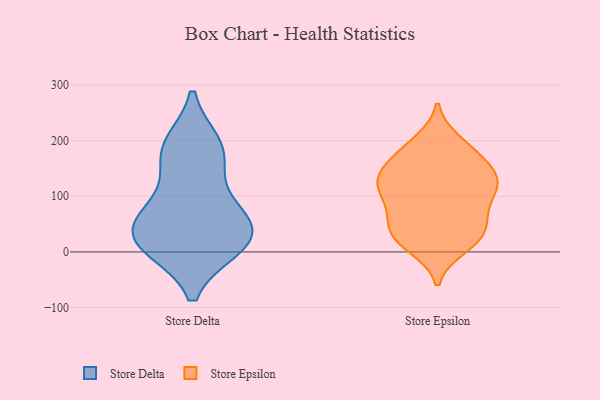
{"axis": {"x": "Shipments", "y": "Value"}, "legend": ["Store Delta", "Store Epsilon"], "data": [{"x": "", "y": 70, "type": "Store Delta"}, {"x": "", "y": 10, "type": "Store Delta"}, {"x": "", "y": 15, "type": "Store Delta"}, {"x": "", "y": 191, "type": "Store Delta"}, {"x": "", "y": 22, "type": "Store Delta"}, {"x": "", "y": 52, "type": "Store Delta"}, {"x": "", "y": 184, "type": "Store Delta"}, {"x": "", "y": 20, "type": "Store Delta"}, {"x": "", "y": 166, "type": "Store Delta"}, {"x": "", "y": 81, "type": "Store Delta"}, {"x": "", "y": 182, "type": "Store Epsilon"}, {"x": "", "y": 130, "type": "Store Epsilon"}, {"x": "", "y": 10, "type": "Store Epsilon"}, {"x": "", "y": 69, "type": "Store Epsilon"}, {"x": "", "y": 145, "type": "Store Epsilon"}, {"x": "", "y": 75, "type": "Store Epsilon"}, {"x": "", "y": 106, "type": "Store Epsilon"}, {"x": "", "y": 127, "type": "Store Epsilon"}, {"x": "", "y": 118, "type": "Store Epsilon"}, {"x": "", "y": 125, "type": "Store Epsilon"}, {"x": "", "y": 160, "type": "Store Epsilon"}, {"x": "", "y": 180, "type": "Store Epsilon"}, {"x": "", "y": 117, "type": "Store Epsilon"}, {"x": "", "y": 39, "type": "Store Epsilon"}, {"x": "", "y": 24, "type": "Store Epsilon"}, {"x": "", "y": 23, "type": "Store Epsilon"}, {"x": "", "y": 197, "type": "Store Epsilon"}, {"x": "", "y": 29, "type": "Store Epsilon"}, {"x": "", "y": 61, "type": "Store Epsilon"}]}